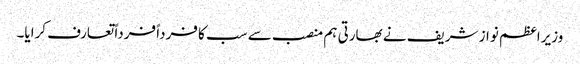
وزیراعظم نواز شریف نے بھارتی ہم منصب سے سب کا فرداً فرداً تعارف کرایا۔